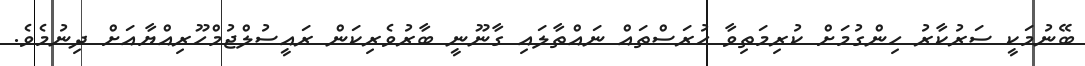
ބޭނުމަކީ ސަރުކާރު ހިންގުމަށް ކުރިމަތިވާ ހުރަސްތައް ނައްތާލައި ގާނޫނީ ބާރުވެރިކަން ރައީސުލްޖުމްހޫރިއްޔާއަށް ދިނުމެވެ.